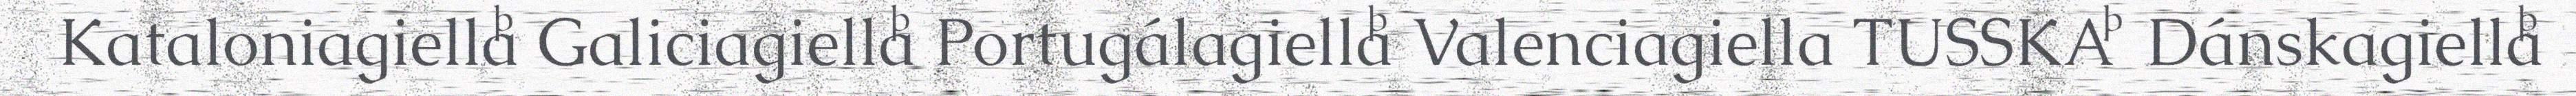
Kataloniagiella Galiciagiella Portugálagiella Valenciagiella TUSSKA  Dánskagiella